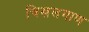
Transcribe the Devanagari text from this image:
चिखलगाण